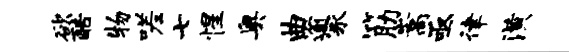
欲酷物嗟七惺奥曲逾冢筋嵩亟律潢